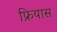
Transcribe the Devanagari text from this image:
फ्रियास